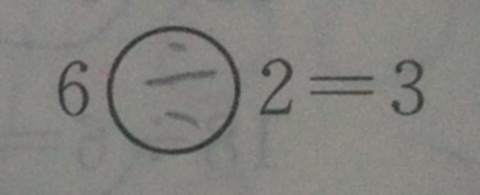
6 \div 2 = 3